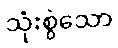
သုံးစွဲသော